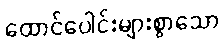
ထောင်ပေါင်းများစွာသော